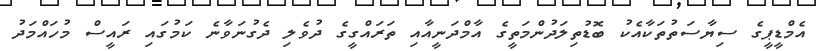
އެމްޑީޕީގެ ސިޔާސަތުތަކާއެކު ބޮޑުތިލަދުންމަތީގެ އާމްދަނީއާއި ތަރައްގީގެ ދުވެލި ދެގުނަވާނެ ކަމުގައި ރައީސް މުހައްމަދު